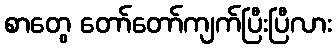
စာတွေ တော်တော်ကျက်ပြီးပြီလား